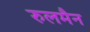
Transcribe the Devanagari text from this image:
रुलमैन